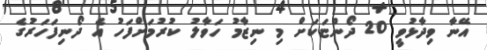
އޭނާ ވިދާޅުވީ 20 ދޯންޏަކަށް މި ނިޒާމު ހަވާލު ކުރުމަށްފަހު އެ ދޯނިފަހަރުގެ